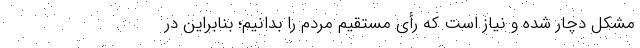
مشکل دچار شده و نیاز است که رأى مستقیم مردم را بدانیم؛ بنابراین در